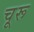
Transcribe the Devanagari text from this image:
चू़रू